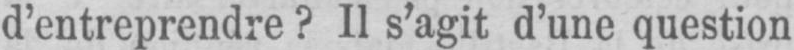
d’entreprendre? Il s’agit d’une question